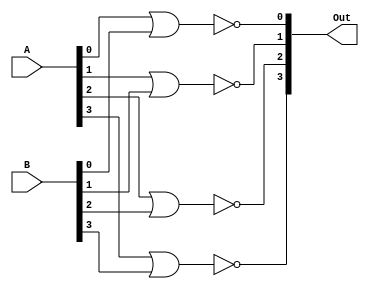
module ttl7402(Out, A, B);
    output [3:0] Out;
    input [3:0] A;
    input [3:0] B;

    nor #15 (Out[0], A[0], B[0]);
    nor #15 (Out[1], A[1], B[1]);
    nor #15 (Out[2], A[2], B[2]);
    nor #15 (Out[3], A[3], B[3]);
endmodule